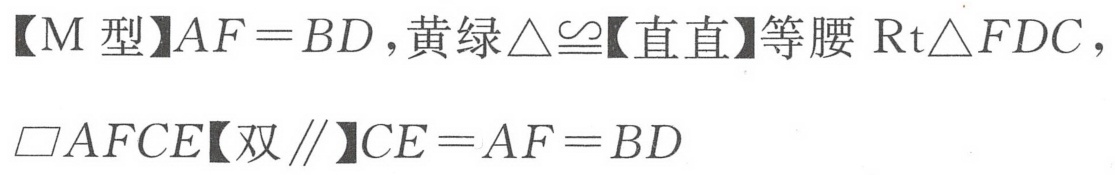
【M型】\(AF = BD\)，黄绿\(\triangle\cong\)【直直】等腰\(\text{Rt}\triangle FDC\)，
\(\square AFCE\)【双\(\parallel\)】\(CE = AF = BD\)